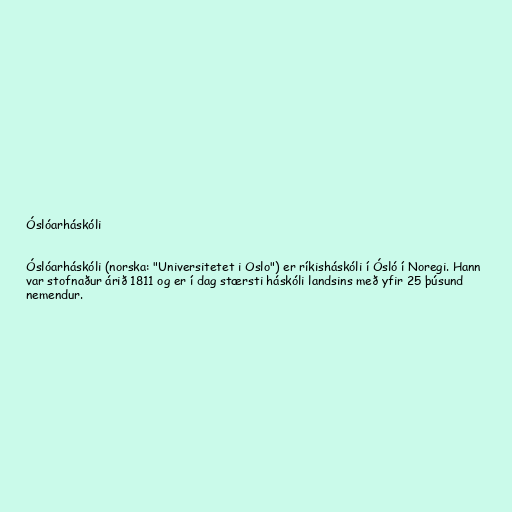
Óslóarháskóli

Óslóarháskóli (norska: "Universitetet i Oslo") er ríkisháskóli í Ósló í Noregi. Hann
var stofnaður árið 1811 og er í dag stærsti háskóli landsins með yfir 25 þúsund
nemendur.